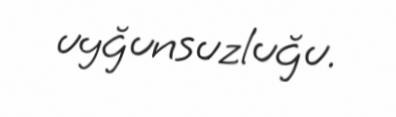
uyğunsuzluğu.